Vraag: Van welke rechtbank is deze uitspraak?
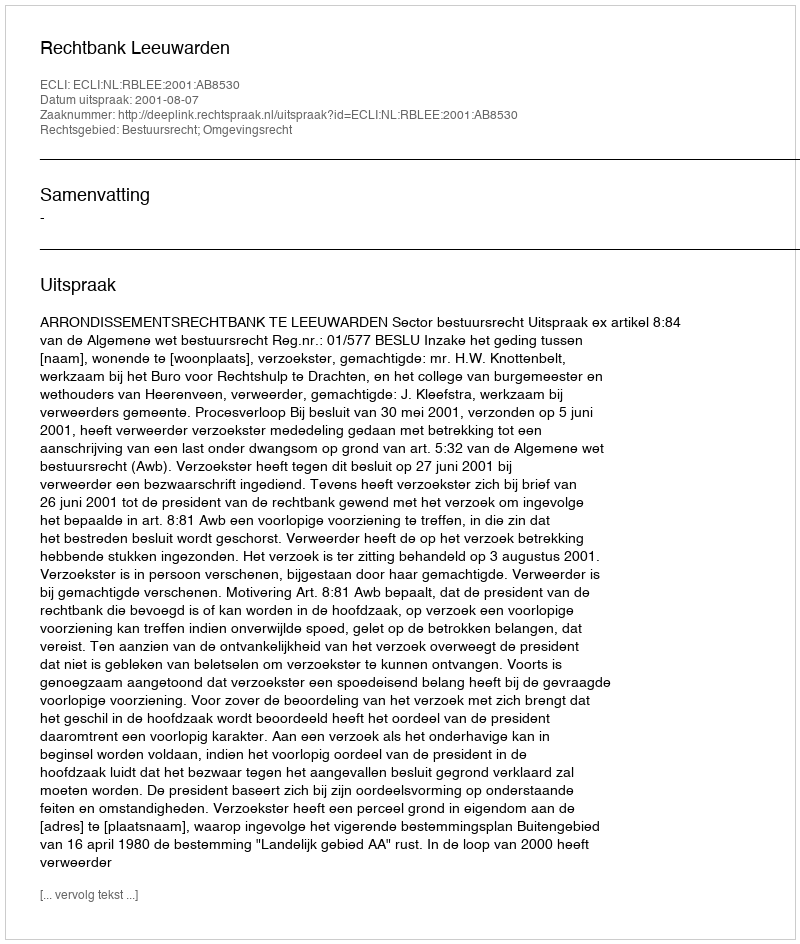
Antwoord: Rechtbank Leeuwarden